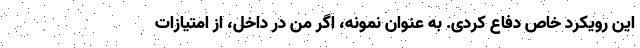
این رویکرد خاص دفاع کردی. به عنوان نمونه، اگر من در داخل، از امتیازات